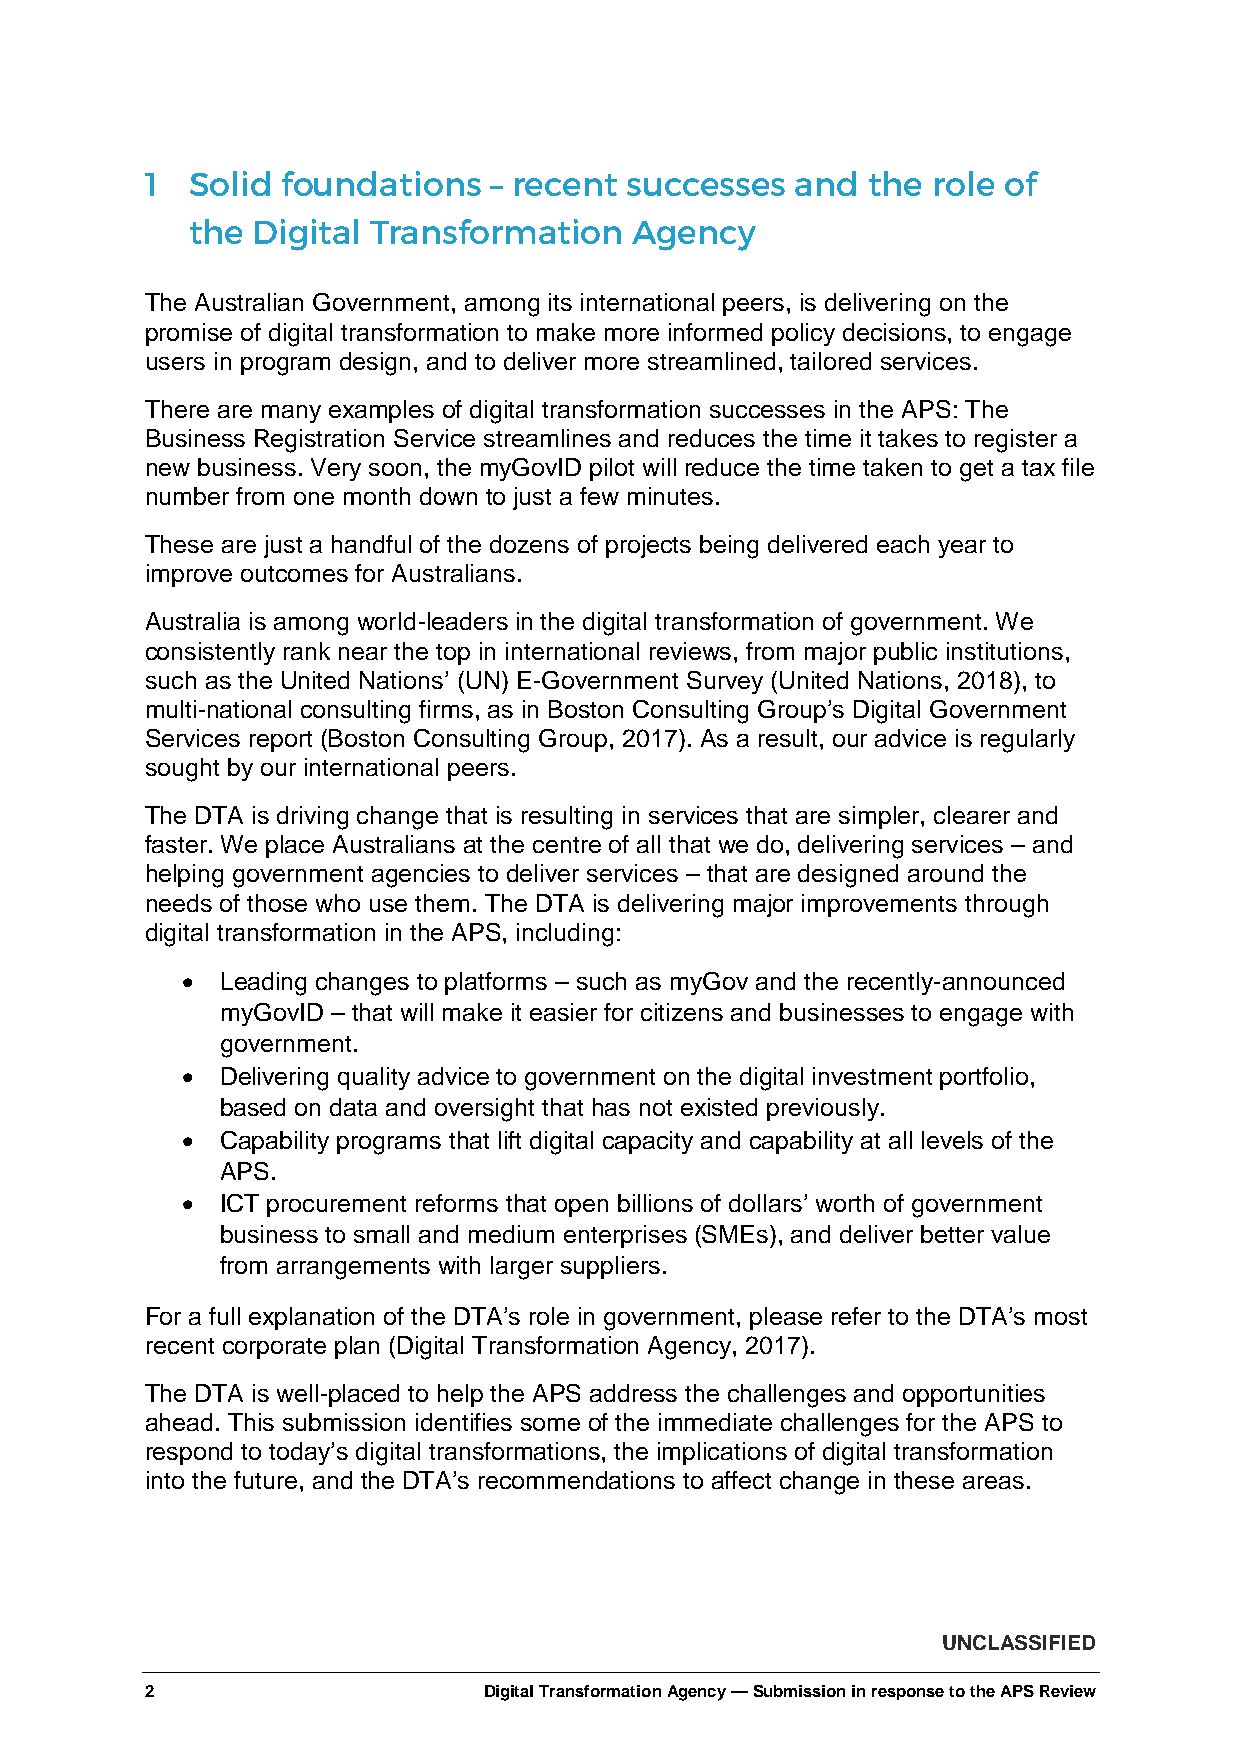
1  Solid foundations  – recent successes   and the  role of
 the Digital Transformation   Agency
 The Australian Government, among its international peers, is delivering on the
 promise of digital transformation to make more informed policy decisions, to engage
 users in program design, and to deliver more streamlined, tailored services.
 There are many examples of digital transformation successes in the APS: The
 Business Registration Service streamlines and reduces the time it takes to register a
 new business. Very soon, the myGovID pilot will reduce the time taken to get a tax file
 number from one month down to just a few minutes.
 These are just a handful of the dozens of projects being delivered each year to
 improve outcomes for Australians.
 Australia is among world-leaders in the digital transformation of government. We
 consistently rank near the top in international reviews, from major public institutions,
 such as the United Nations’ (UN) E-Government Survey (United Nations, 2018), to
 multi-national consulting firms, as in Boston Consulting Group’s Digital Government
 Services report (Boston Consulting Group, 2017). As a result, our advice is regularly
 sought by our international peers.
 The DTA is driving change that is resulting in services that are simpler, clearer and
 faster. We place Australians at the centre of all that we do, delivering services – and
 helping government agencies to deliver services – that are designed around the
 needs of those who use them. The DTA is delivering major improvements through
 digital transformation in the APS, including:
 •  Leading changes to platforms – such as myGov and the recently-announced
 myGovID – that will make it easier for citizens and businesses to engage with
 government.
 •  Delivering quality advice to government on the digital investment portfolio,
 based on data and oversight that has not existed previously.
 •  Capability programs that lift digital capacity and capability at all levels of the
 APS.
 •  ICT procurement reforms that open billions of dollars’ worth of government
 business to small and medium enterprises (SMEs), and deliver better value
 from arrangements with larger suppliers.
 For a full explanation of the DTA’s role in government, please refer to the DTA’s most
 recent corporate plan (Digital Transformation Agency, 2017).
 The DTA is well-placed to help the APS address the challenges and opportunities
 ahead. This submission identifies some of the immediate challenges for the APS to
 respond to today’s digital transformations, the implications of digital transformation
 into the future, and the DTA’s recommendations to affect change in these areas.
 UNCLASSIFIED
 2                     Digital Transformation Agency — Submission in response to the APS Review